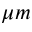
\mu m